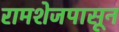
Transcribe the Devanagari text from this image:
रामशेजपासून